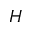
H